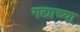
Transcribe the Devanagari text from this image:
गद्याच्या